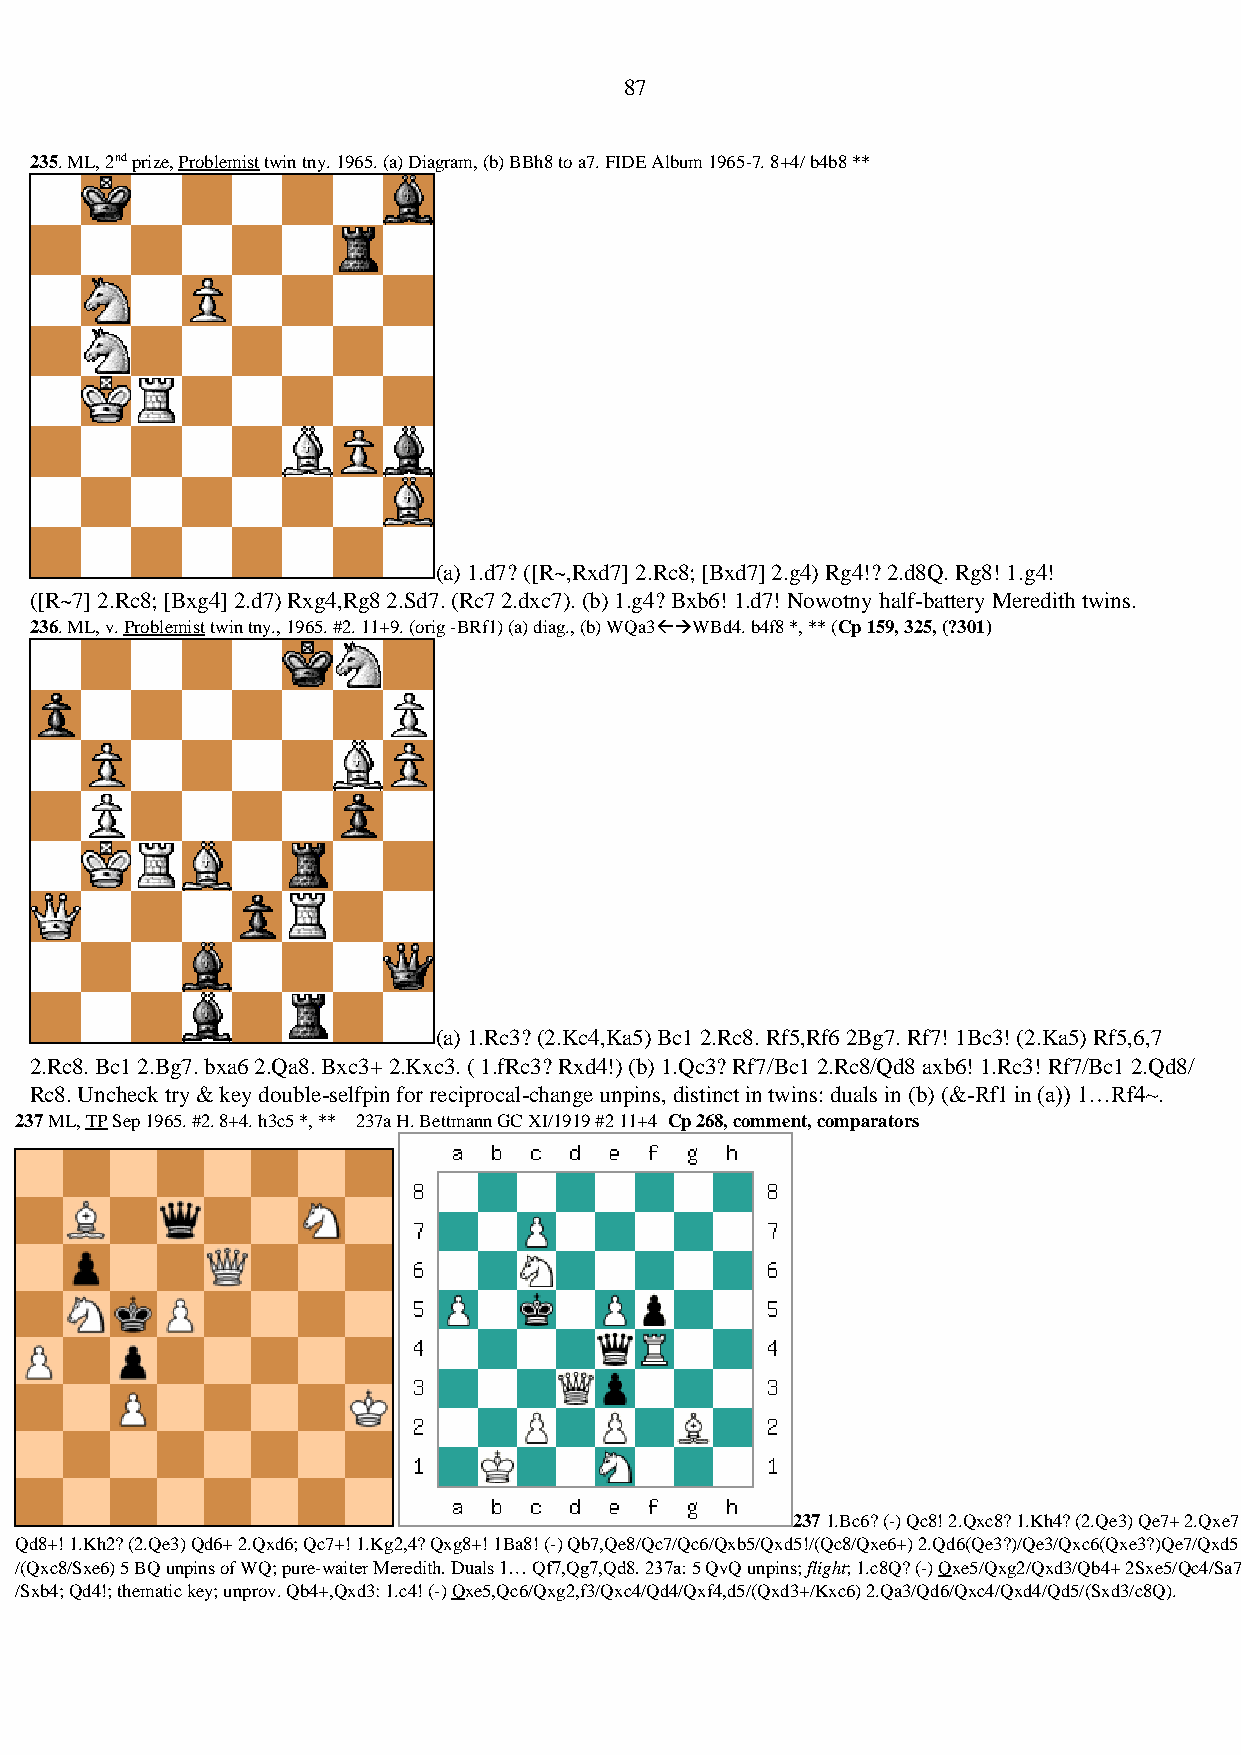
87
 235. ML, 2nd prize, Problemist twin tny. 1965. (a) Diagram, (b) BBh8 to a7. FIDE Album 1965-7. 8+4/ b4b8 **
 (a) 1.d7? ([R~,Rxd7] 2.Rc8; [Bxd7] 2.g4) Rg4!? 2.d8Q. Rg8! 1.g4!
 ([R~7] 2.Rc8; [Bxg4] 2.d7) Rxg4,Rg8 2.Sd7. (Rc7 2.dxc7). (b) 1.g4? Bxb6! 1.d7! Nowotny half-battery Meredith twins.
 236. ML, v. Problemist twin tny., 1965. #2. 11+9. (orig -BRf1) (a) diag., (b) WQa3→WBd4. b4f8 *, ** (Cp 159, 325, (?301)
 (a) 1.Rc3? (2.Kc4,Ka5) Bc1 2.Rc8. Rf5,Rf6 2Bg7. Rf7! 1Bc3! (2.Ka5) Rf5,6,7
 2.Rc8. Bc1 2.Bg7. bxa6 2.Qa8. Bxc3+ 2.Kxc3. ( 1.fRc3? Rxd4!) (b) 1.Qc3? Rf7/Bc1 2.Rc8/Qd8 axb6! 1.Rc3! Rf7/Bc1 2.Qd8/
 Rc8. Uncheck try & key double-selfpin for reciprocal-change unpins, distinct in twins: duals in (b) (&-Rf1 in (a)) 1…Rf4~.
 237 ML, TP Sep 1965. #2. 8+4. h3c5 *, ** 237a H. Bettmann GC XI/1919 #2 11+4 Cp 268, comment, comparators
 237 1.Bc6? (-) Qc8! 2.Qxc8? 1.Kh4? (2.Qe3) Qe7+ 2.Qxe7
 Qd8+! 1.Kh2? (2.Qe3) Qd6+ 2.Qxd6; Qc7+! 1.Kg2,4? Qxg8+! 1Ba8! (-) Qb7,Qe8/Qc7/Qc6/Qxb5/Qxd5!/(Qc8/Qxe6+) 2.Qd6(Qe3?)/Qe3/Qxc6(Qxe3?)Qe7/Qxd5
 /(Qxc8/Sxe6) 5 BQ unpins of WQ; pure-waiter Meredith. Duals 1… Qf7,Qg7,Qd8. 237a: 5 QvQ unpins; flight; 1.c8Q? (-) Qxe5/Qxg2/Qxd3/Qb4+ 2Sxe5/Qc4/Sa7
 /Sxb4; Qd4!; thematic key; unprov. Qb4+,Qxd3: 1.c4! (-) Qxe5,Qc6/Qxg2,f3/Qxc4/Qd4/Qxf4,d5/(Qxd3+/Kxc6) 2.Qa3/Qd6/Qxc4/Qxd4/Qd5/(Sxd3/c8Q).